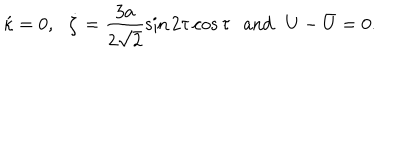
\acute { \kappa } = 0 , \, \, \, \, \dot { \zeta } = \frac { 3 a } { 2 \sqrt { 2 } } \sin 2 \tau \cos \tau \, \, \, \, \mathrm { a n d } \, \, \, \, U - \bar { U } = 0 .